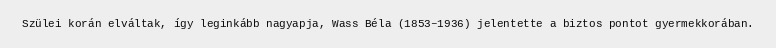
Szülei korán elváltak, így leginkább nagyapja, Wass Béla (1853–1936) jelentette a biztos pontot gyermekkorában.